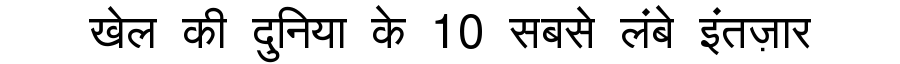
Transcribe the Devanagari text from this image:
खेल की दुनिया के 10 सबसे लंबे इंतज़ार